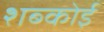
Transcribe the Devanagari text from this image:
शब्कोई